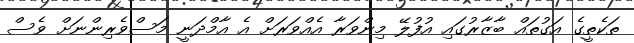
ތަކެތީގެ އަގުތައް ބާޒާރުގައި އުފުލޭ މިންވަރާ އެއްވަރަށް އެ އާމްދަނީ މަސްވެރިންނަށް ވެސް